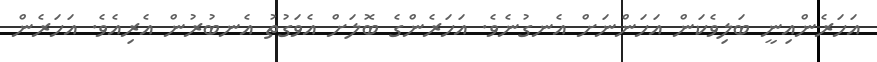
އަހަރެންއިނީ ބަލިވެކަން އަހަންނަށް އެނގުނެވެ. އަހަރެންގެ ބޮލަށް އެވަގުތު އެނބުރުން އެރިއެވެ. އަހަރެން